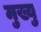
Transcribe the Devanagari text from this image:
मुख्यु